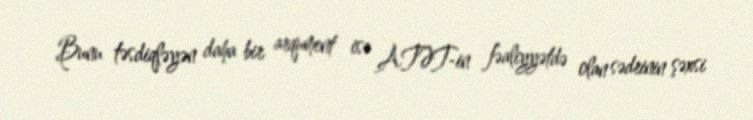
Bunu təsdiqləyən daha bir arqument isə ATƏT-in fəaliyyətdə olan sədrinin şəxsi